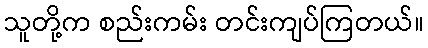
သူတို့က စည်းကမ်း တင်းကျပ်ကြတယ်။